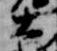
大